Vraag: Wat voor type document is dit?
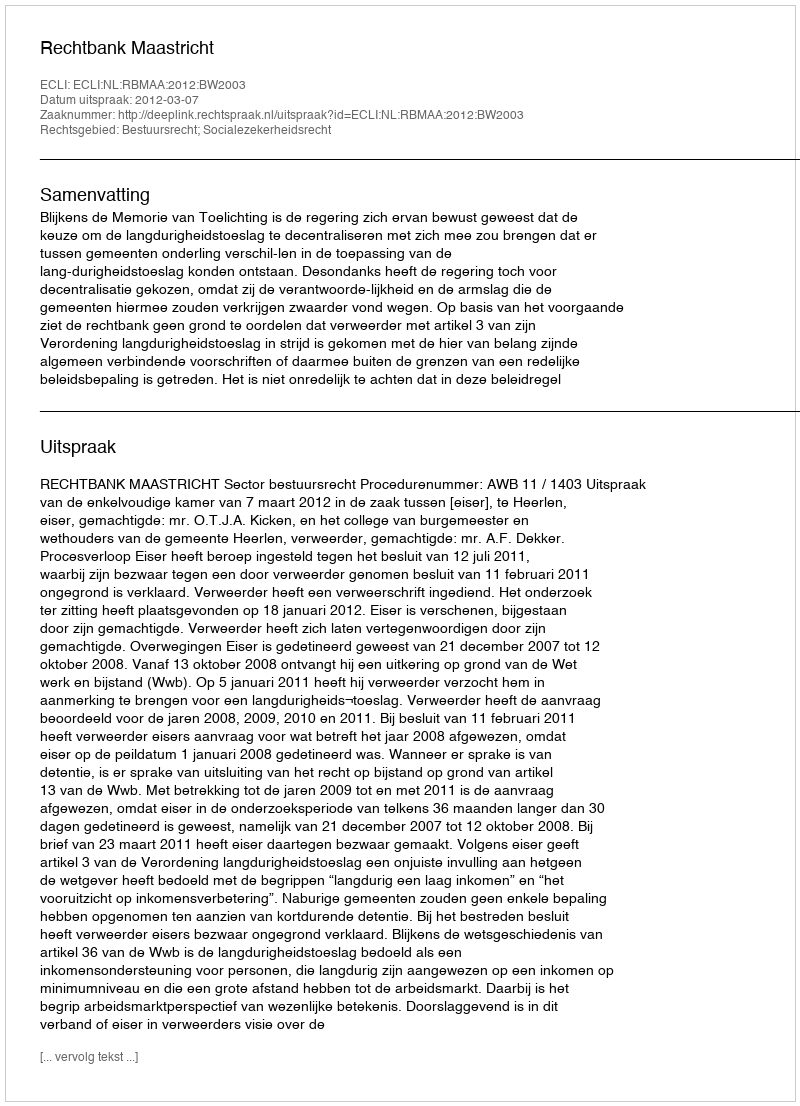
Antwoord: Uitspraak